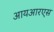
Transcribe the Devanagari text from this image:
आयआरएस